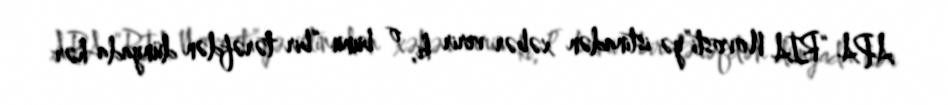
APA “RİA Novosti”yə istinadən xəbər verir ki, o bunu “bir tərəfdən dünyada hər